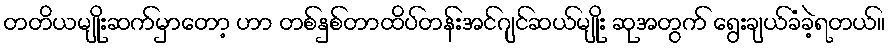
တတိယမျိုးဆက်မှာတော့ ဟာ တစ်နှစ်တာထိပ်တန်းအင်ဂျင်ဆယ်မျိုး ဆုအတွက် ရွေးချယ်ခံခဲ့ရတယ်။